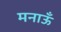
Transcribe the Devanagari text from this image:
मनाऊँ